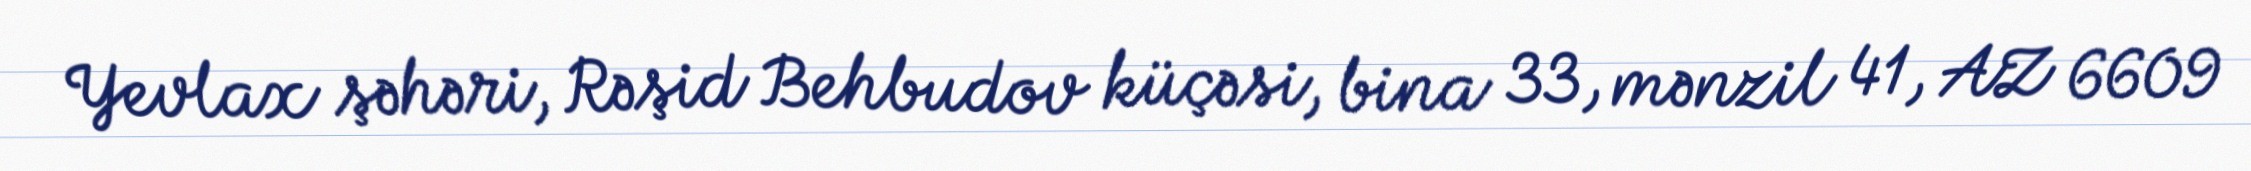
Yevlax şəhəri, Rəşid Behbudov küçəsi, bina 33, mənzil 41, AZ 6609